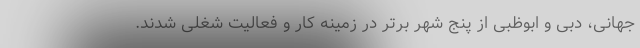
جهانی، دبی و ابوظبی از پنج شهر برتر در زمینه کار و فعالیت شغلی شدند.